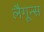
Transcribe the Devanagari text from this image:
लैगून्स